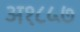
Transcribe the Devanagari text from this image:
अ१८५७